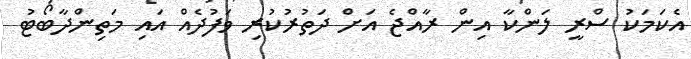
އެކަމަކު ސްރީ ލަންކާ އިން ރާއްޖެ އަށް ދަތުރުކުރި ވަފުދެއް އައި މަތިންދާބޯޓު